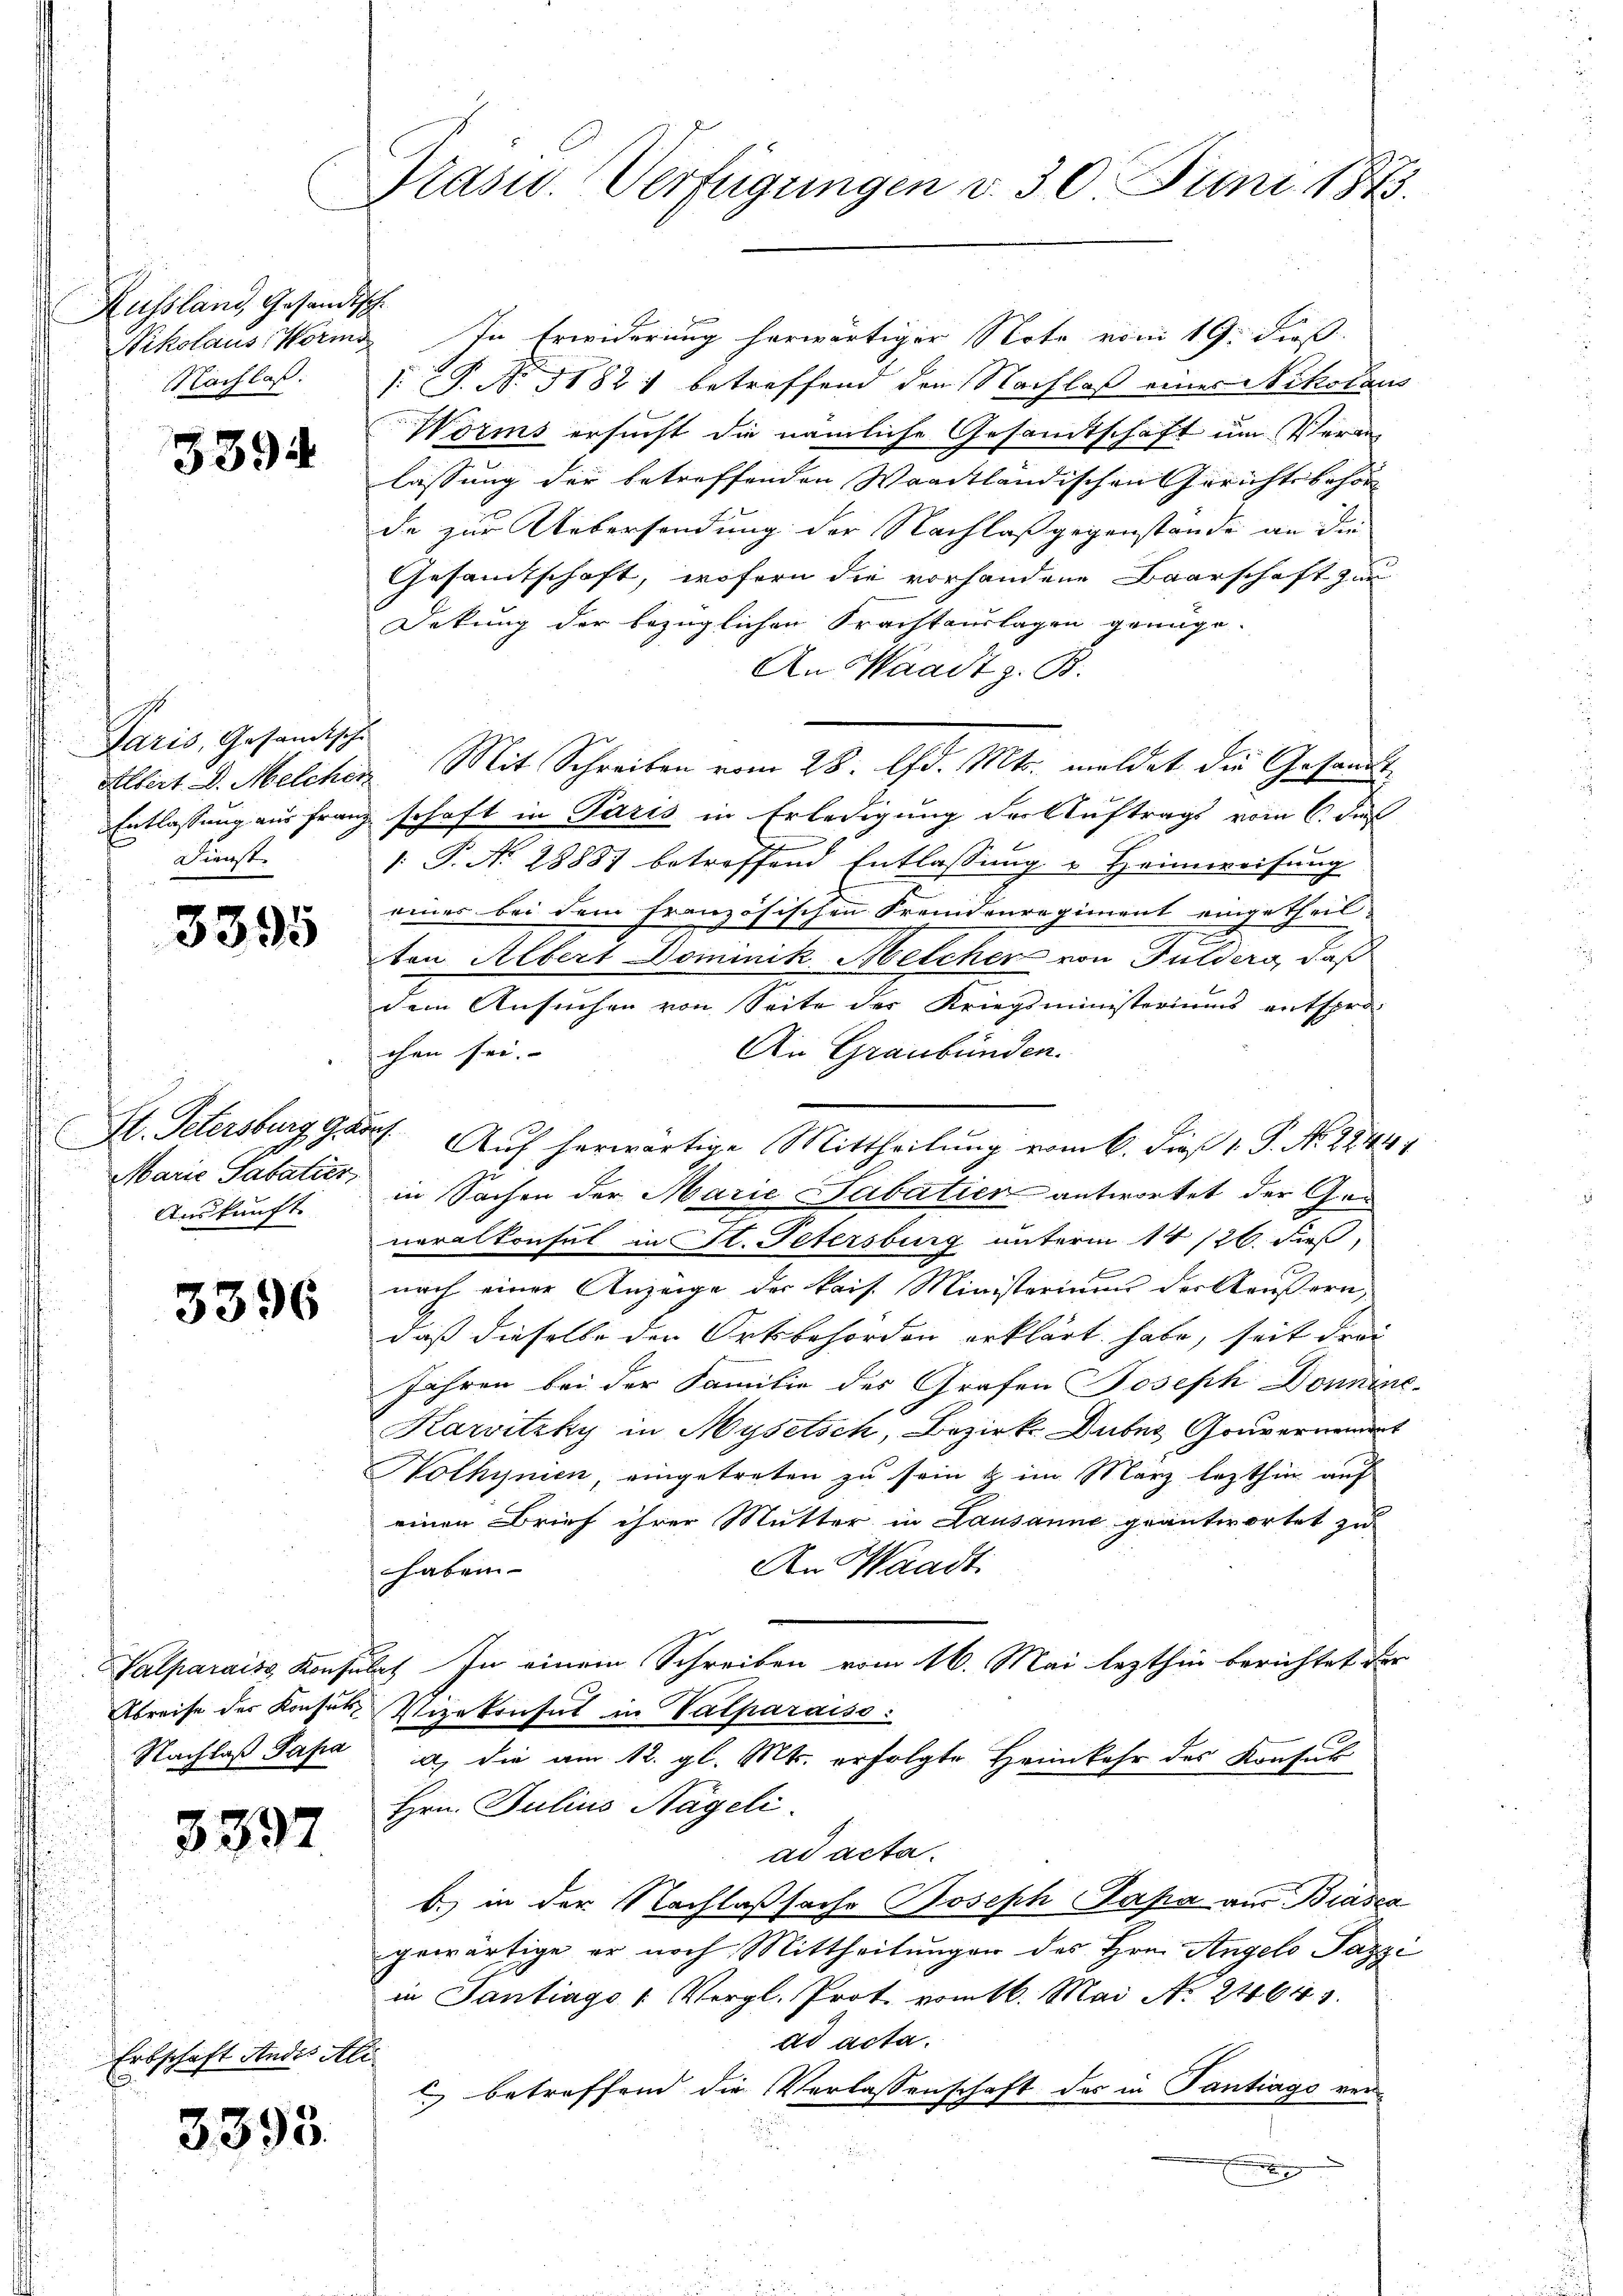
Russland, Gesandtsch
Nikolaus Worms

3394

Paris, Gesandtschi
Albert D. Melcher
Entlassung aus Franz
Dienste

3395

St. Petersburg gar
Marie Sabatier,
Auskunft

3396

Valparais Konfus
Abreise der Konsul¬
Nachlaß Papa

3397

Erbschaft Andes Ale
E

3393.

Präsid.. Verfügungen v. 30. Juni 1873.

In Erwiderung herwärtiger Note vom 19. dieß
Nachlass. P. No. 51821 betreffend den Nachlaß eines Nikolaus
Worms ersucht die nämliche Gesamtschaft um Veran
lassung der betreffenden Waadtländischen Gerichtsbehör
de zur Uebersendung der Nachlaß gegenstände an die
Gesamtschaft, wofern die vorhandene Baarschaft zum
Dekung der bezüglichen Frachtauslagen genüge.
An Waadt z. B.
Mit Schreiben vom 28. Apr. 14. meldet die Gesandt
schaft in Paris in Erledigung der Auftrags vom 6. dis
 P. N. 28887 betreffend Entlassung u Heimweisung
einer bei dem französischen Fremdenregiment eingetheil-
ten Albert Dominik Melcher von Gulders, daß
dem Ansuchen von Seite der Kriegsministeriums entspro¬
An Graubünden.
chen sei. |
1. Auf herwärtige Mittheilung vom 6. die 1. P. Nr. 1844
in Sachen der Marie Sabatien antwortet der Ge-
neralkonsul in St. Petersburg unterm 14/26. dieß,
nach einer Anzeige der kais. Ministeriums der Aeußern,
daß dieselbe den Ortsbehörden erklärt habe, seit Frei
Jahren bei der Familie des Grafen Joseph Donnene¬
Karvitzky in Mysetsch, Bezirk Duber Gouvernement
Wolhynien, eingetreten zu sein & im März lezthin auf
einen Brief ihrer Mutter in Lausanne geantwortet zu
An Waadt.
haben
ach In einem Schreiben vom 16. Mai lezthin berichtet der
Vizekonsul in Valparaiso
a) die am 12. gl. Mts. erfolgte Heimkehr des Konsul
Hrn. Julius Nägeli
ad acta.
b) in der Nachlaßsache Joseph Papa aus Biasca
gewärtige er noch Mittheilungen des Hrn. Angelo Pazzi
in Tantrags 1 Vergl. Prot. vom 16. Mai No 21643.
ad acta.
l. betreffend die Verlassenschaft des in Tantiago ver¬